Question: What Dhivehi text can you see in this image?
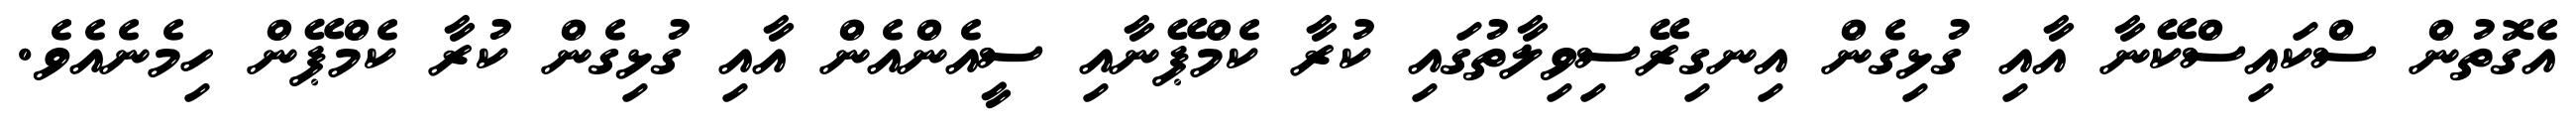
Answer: އެގޮތުން ސްކައިސްކޭނާ އާއި ގުޅިގެން އިނގިރޭސިވިލާތުގައި ކުރާ ކެމްޕޭނާއި ސީއެންއެން އާއި ގުޅިގެން ކުރާ ކެމްޕޭން ހިމެނެއެވެ.